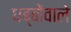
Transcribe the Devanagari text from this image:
धब्बोंवाले